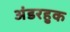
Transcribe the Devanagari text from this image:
अंडरहुक